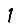
Digit: 1